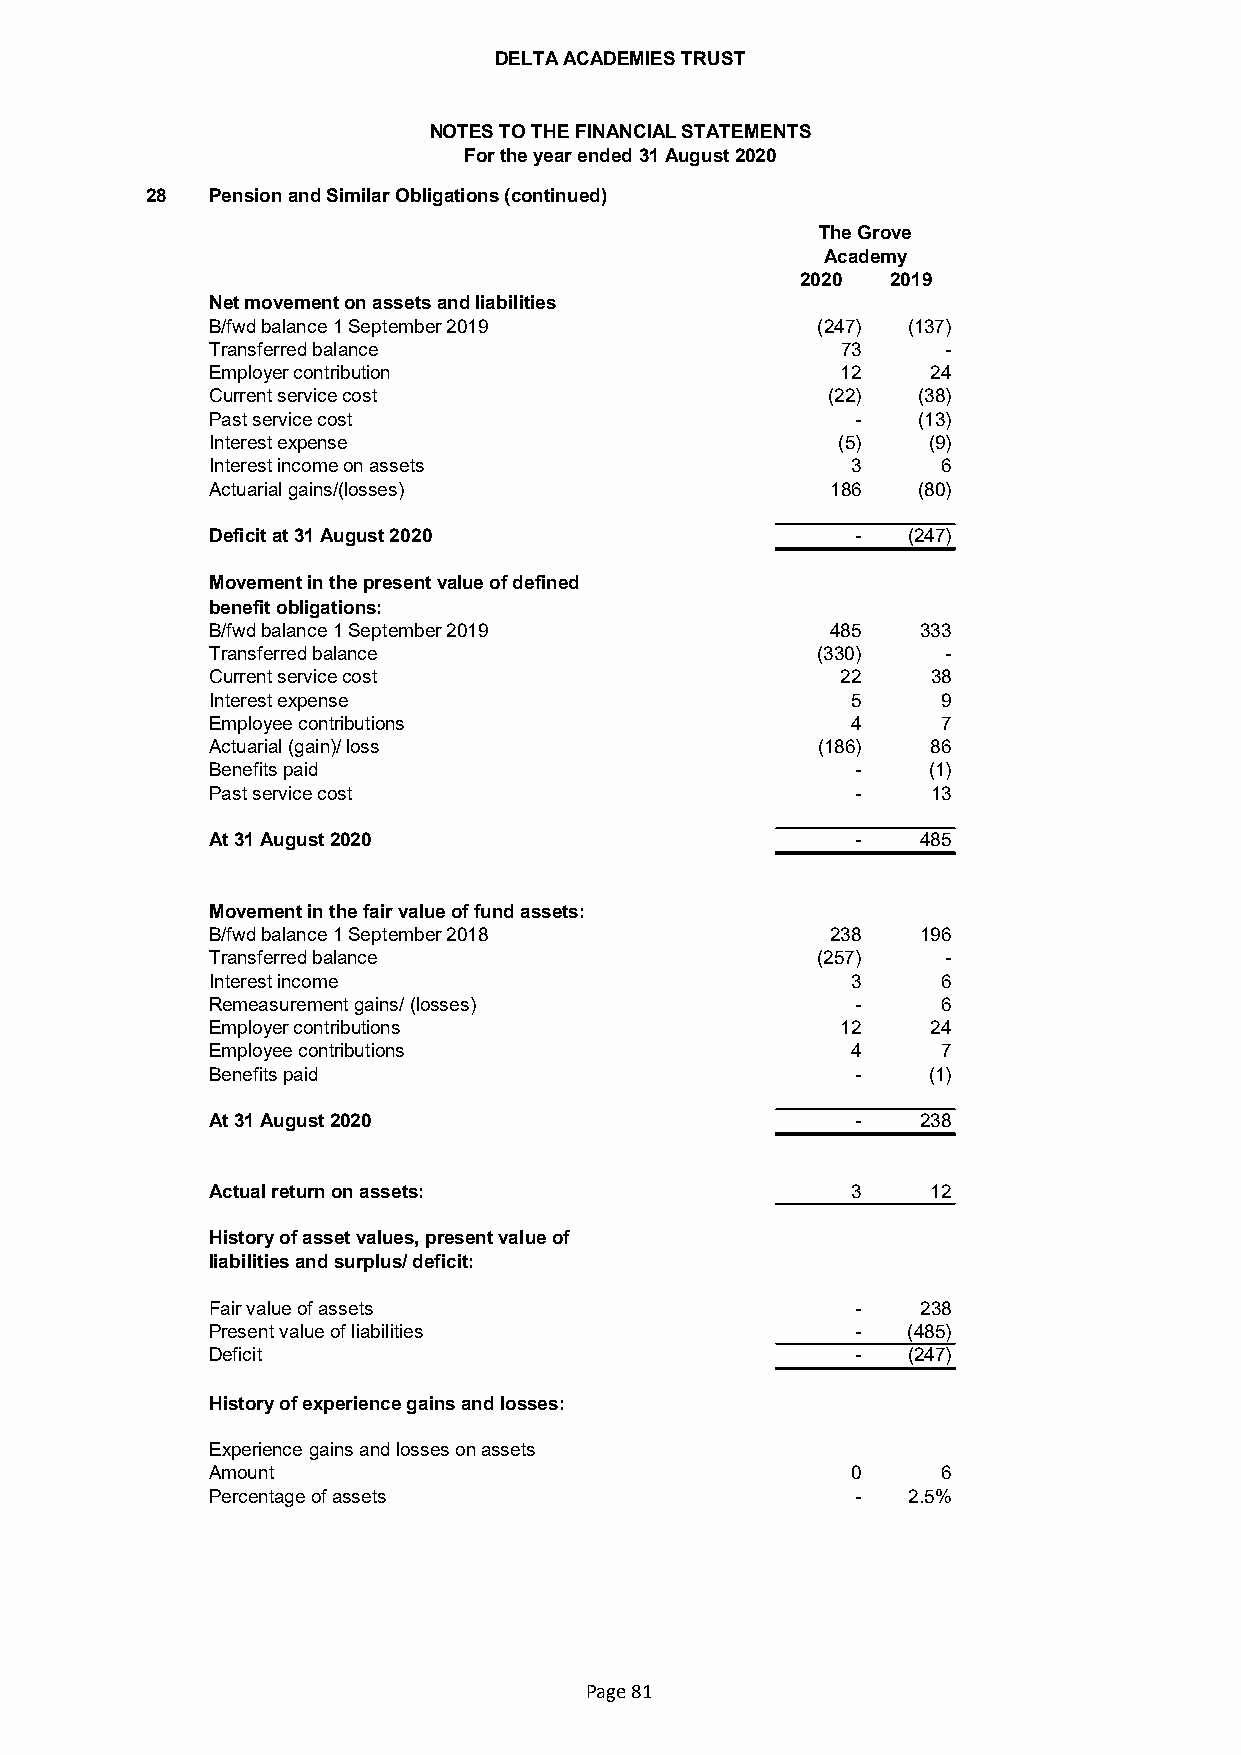
DELTA ACADEMIES TRUST
 NOTES TO THE FINANCIAL STATEMENTS
 For the year ended 31 August 2020
 28  Pension and Similar Obligations (continued)
 The Grove
 Academy
 2020  2019
 Net movement on assets and liabilities
 B/fwd balance 1 September 2019          (247) (137)
 Transferred balance                       73     -
 Employer contribution                     12    24
 Current service cost                     (22)  (38)
 Past service cost                          -   (13)
 Interest expense                         (5)   (9)
 Interest income on assets                 3     6
 Actuarial gains/(losses)                 186   (80)
 Deficit at 31 August 2020                  -  (247)
 Movement in the present value of defined
 benefit obligations:
 B/fwd balance 1 September 2019           485   333
 Transferred balance                     (330)    -
 Current service cost                      22    38
 Interest expense                          5     9
 Employee contributions                    4     7
 Actuarial (gain)/ loss                  (186)   86
 Benefits paid                              -   (1)
 Past service cost                          -    13
 At 31 August 2020                          -   485
 Movement in the fair value of fund assets:
 B/fwd balance 1 September 2018           238   196
 Transferred balance                     (257)    -
 Interest income                           3     6
 Remeasurement gains/ (losses)              -    6
 Employer contributions                    12    24
 Employee contributions                    4     7
 Benefits paid                              -   (1)
 At 31 August 2020                          -   238
 Actual return on assets:                  3     12
 History of asset values, present value of
 liabilities and surplus/ deficit:
 Fair value of assets                       -   238
 Present value of liabilities               -  (485)
 Deficit                                    -  (247)
 History of experience gains and losses:
 Experience gains and losses on assets
 Amount                                    0     6
 Percentage of assets                       -  2.5%
 Page 81